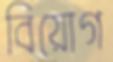
বিয়োগ